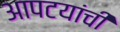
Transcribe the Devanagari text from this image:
आपटयांची